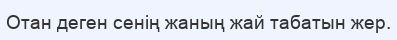
Отан деген сенің жаның жай табатын жер.